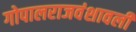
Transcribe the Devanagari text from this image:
गोपालराजवंशावली